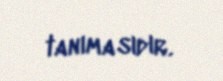
tanımasıdır.